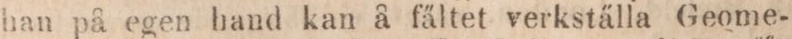
han på egen hand kan å fältet verkställa Geome-